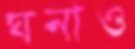
ঘনাও